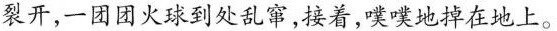
裂开，一团团火球到处乱窜，接着，噗噗地掉在地上。